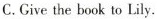
C.Cive the book to Lily.